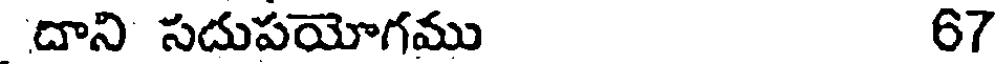
దాని సదుపయోగము 67